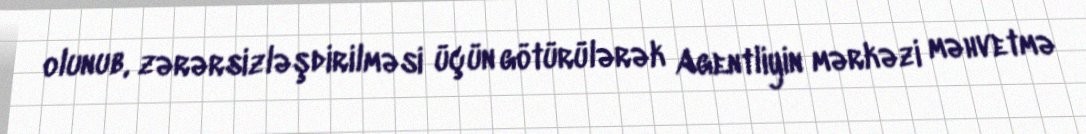
olunub, zərərsizləşdirilməsi üçün götürülərək Agentliyin mərkəzi məhvetmə